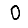
Digit: 0